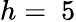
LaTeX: h=~5